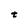
Character: t